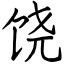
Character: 饶